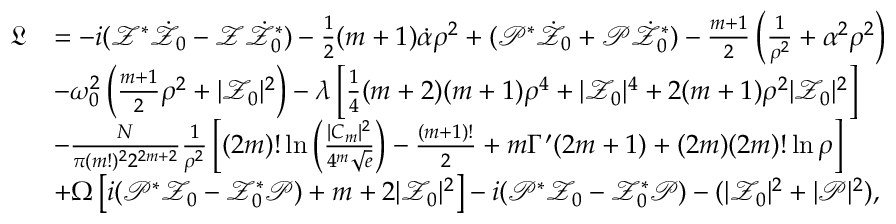
\begin{array} { r l } { \mathfrak { L } } & { = - i ( \mathcal { Z } ^ { * } \dot { \mathcal { Z } _ { 0 } } - \mathcal { Z } \dot { \mathcal { Z } _ { 0 } ^ { * } } ) - \frac { 1 } { 2 } ( m + 1 ) \dot { \mathcal { \alpha } } \rho ^ { 2 } + ( \mathcal { P } ^ { * } \dot { \mathcal { Z } _ { 0 } } + \mathcal { P } \dot { \mathcal { Z } _ { 0 } ^ { * } } ) - \frac { m + 1 } { 2 } \left( \frac { 1 } { \rho ^ { 2 } } + \alpha ^ { 2 } \rho ^ { 2 } \right) } \\ & { - { \omega _ { 0 } ^ { 2 } } \left( \frac { m + 1 } { 2 } \rho ^ { 2 } + | \mathcal { Z } _ { 0 } | ^ { 2 } \right) - \lambda \left[ \frac { 1 } { 4 } ( m + 2 ) ( m + 1 ) \rho ^ { 4 } + | \mathcal { Z } _ { 0 } | ^ { 4 } + 2 ( m + 1 ) \rho ^ { 2 } | \mathcal { Z } _ { 0 } | ^ { 2 } \right] } \\ & { - \frac { N } { \pi ( m ! ) ^ { 2 } 2 ^ { 2 m + 2 } } \frac { 1 } { \rho ^ { 2 } } \left[ ( 2 m ) ! \ln \left( \frac { | C _ { m } | ^ { 2 } } { 4 ^ { m } \sqrt { e } } \right) - \frac { ( m + 1 ) ! } { 2 } + m \Gamma ^ { \prime } ( 2 m + 1 ) + ( 2 m ) ( 2 m ) ! \ln \rho \right] } \\ & { + { \Omega } \left[ i ( \mathcal { P } ^ { * } \mathcal { Z } _ { 0 } - \mathcal { Z } _ { 0 } ^ { * } \mathcal { P } ) + m + 2 | \mathcal { Z } _ { 0 } | ^ { 2 } \right] - i ( \mathcal { P } ^ { * } \mathcal { Z } _ { 0 } - \mathcal { Z } _ { 0 } ^ { * } \mathcal { P } ) - ( | \mathcal { Z } _ { 0 } | ^ { 2 } + | \mathcal { P } | ^ { 2 } ) , } \end{array}